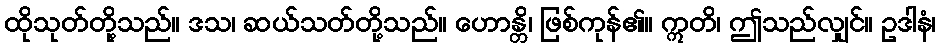
ထိုသုတ်တို့သည်။ ဒသ၊ ဆယ်သတ်တို့သည်။ ဟောန္တိ၊ ဖြစ်ကုန်၏။ ဣတိ၊ ဤသည်လျှင်။ ဥဒါနံ၊